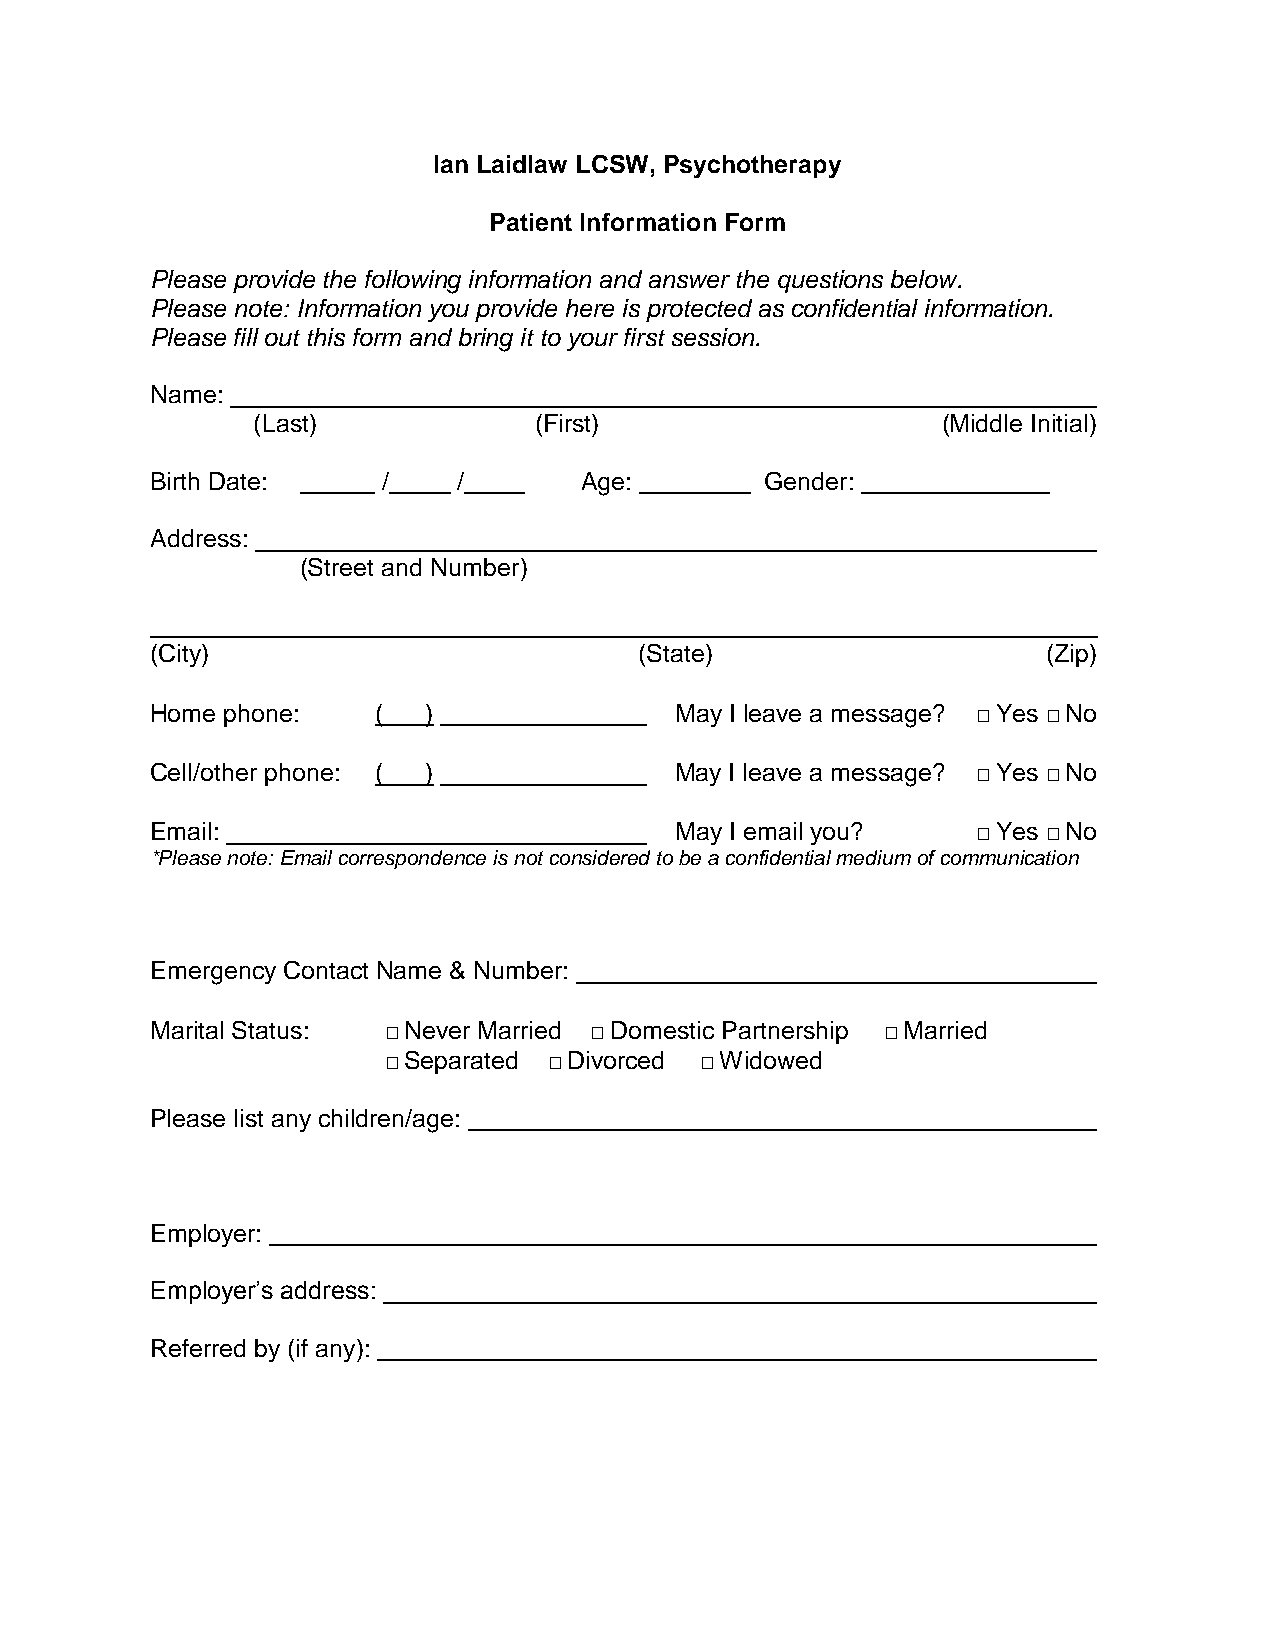
Ian Laidlaw LCSW, Psychotherapy
 Patient Information Form
 Please provide the following information and answer the questions below.
 Please note: Information you provide here is protected as confidential information.
 Please fill out this form and bring it to your first session.
 Name:
 (Last)            (First)                    (Middle Initial)
 Birth Date:    /    /       Age:         Gender:
 Address:
 (Street and Number)
 (City)                          (State)                    (Zip)
 Home phone:    (  )                May I leave a message? □ Yes □ No
 Cell/other phone: ( )              May I leave a message? □ Yes □ No
 Email:                             May I email you?    □ Yes □ No
 *Please note: Email correspondence is not considered to be a confidential medium of communication
 Emergency Contact Name & Number:
 Marital Status: □ Never Married □ Domestic Partnership □ Married
 □ Separated □ Divorced □ Widowed
 Please list any children/age:
 Employer:
 Employer’s address:
 Referred by (if any):